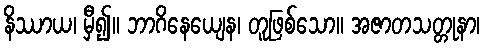
နိဿာယ၊ မှီ၍။ ဘာဂိနေယျေန၊ တူဖြစ်သော။ အဇာတသတ္တုနာ၊